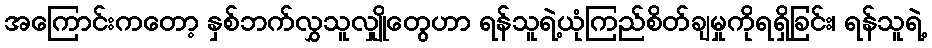
အကြောင်းကတော့ နှစ်ဘက်လွှသူလျှိုတွေဟာ ရန်သူရဲ့ယုံကြည်စိတ်ချမှုကိုရရှိခြင်း၊ ရန်သူရဲ့